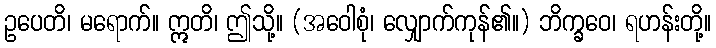
ဥပေတိ၊ မရောက်။ ဣတိ၊ ဤသို့။ (အဝေါစုံ၊ လျှောက်ကုန်၏။) ဘိက္ခဝေ၊ ရဟန်းတို့။